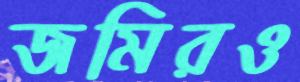
জমিরও